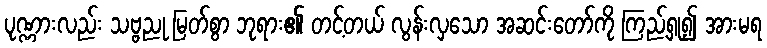
ပုဏ္ဏားလည်း သဗ္ဗညု မြတ်စွာ ဘုရား၏ တင့်တယ် လွန်းလှသော အဆင်းတော်ကို ကြည့်ရှု၍ အားမရ